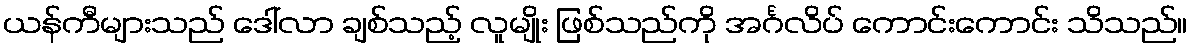
ယန်ကီများသည် ဒေါ်လာ ချစ်သည့် လူမျိုး ဖြစ်သည်ကို အင်္ဂလိပ် ကောင်းကောင်း သိသည်။